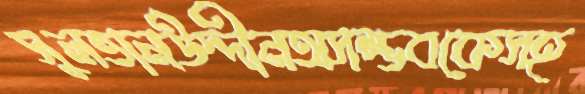
সুলতানউদ্দীনঅসম্ভবকেসহ